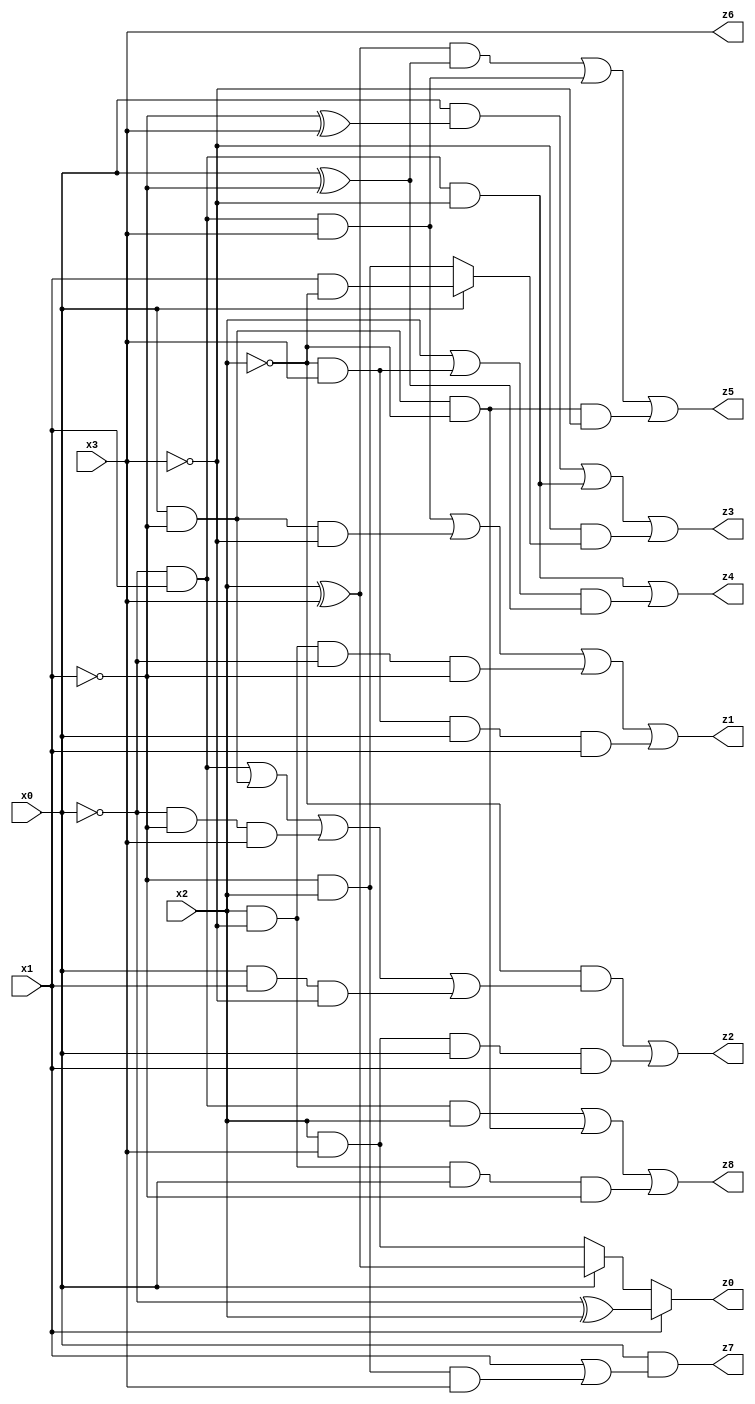
// Benchmark "X_17" written by ABC on Tue Jun 06 00:10:11 2023

module X_17 ( 
    x0, x1, x2, x3,
    z0, z1, z2, z3, z4, z5, z6, z7, z8  );
  input  x0, x1, x2, x3;
  output z0, z1, z2, z3, z4, z5, z6, z7, z8;
  assign z0 = x1 ? (~x0 ^ x2) : (x0 ? (x2 ^ x3) : (x2 & x3));
  assign z1 = (~x0 & x1 & x3) | (x0 & ~x1 & ~x3) | (x2 & ~x3 & ~x0 & ~x1) | (~x2 & x3 & x0 & x1);
  assign z2 = (~x2 & ((~x0 & x1) | (x0 & ~x1) | (~x0 & ~x1 & x3) | (x0 & x1 & ~x3))) | (x2 & x3 & x0 & x1);
  assign z3 = (x0 & (~x1 ^ x3)) | (~x0 & x1 & ~x3) | (~x3 & (x0 ? (x1 & ~x2) : (~x1 & x2)));
  assign z4 = (~x0 & x1 & ~x3) | ((x2 | (~x2 & x3)) & (x0 ^ ~x1));
  assign z5 = ((x2 ^ x3) & (x0 ^ ~x1)) | (~x0 & x1 & x3) | (x0 & ~x1 & ~x2 & ~x3);
  assign z6 = x3;
  assign z7 = x0 & (x1 | (~x1 & x2 & x3));
  assign z8 = (~x0 & x1 & x2) | (x0 & ~x1 & ~x2) | (x2 & ~x3 & x0 & ~x1);
endmodule